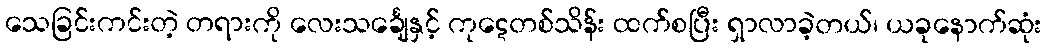
သေခြင်းကင်းတဲ့ တရားကို လေးသင်္ချေနှင့် ကုဋေတစ်သိန်း ထက်စပြီး ရှာလာခဲ့တယ်၊ ယခုနောက်ဆုံး